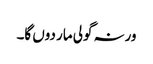
ورنہ گولی مار دوں گا۔